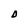
Character: O